Investigations on Bengal jail dietaries - Number 37
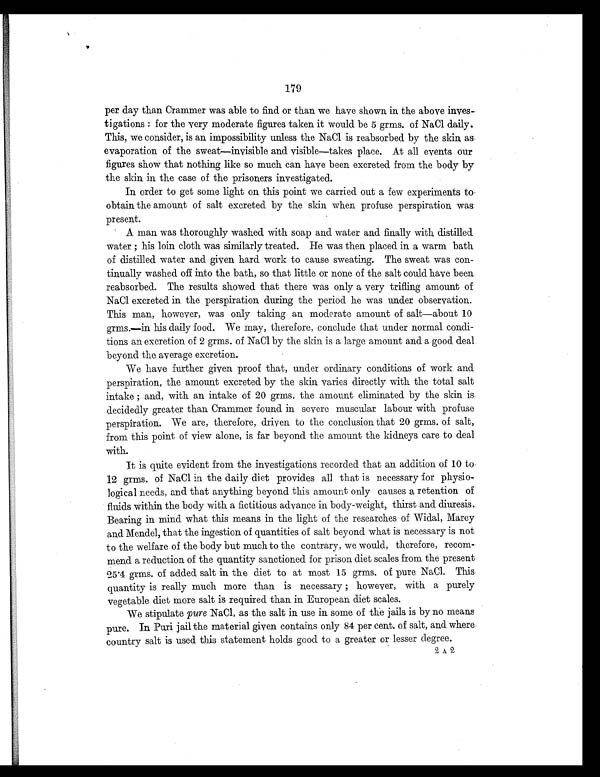
179
per day than Crammer was able to find or than we have shown in the above inves-
tigations : for the very moderate figures taken it would be 5 grms. of NaC1 daily.
This, we consider, is an impossibility unless the NaC1 is reabsorbed by the skin as
evaporation of the sweat—invisible and visible—takes place. At all events our
figures show that nothing like so much can have been excreted from the body by
the skin in the case of the prisoners investigated.
In order to get some light on this point we carried out a few experiments to,
obtain the amount of salt excreted by the skin when profuse perspiration was
present.
A man was thoroughly washed with soap and water and finally with distilled.
water ; his loin cloth was similarly treated. He was then placed in a warm bath
of distilled water and given hard work to cause sweating. The sweat was con-
tinually washed off into the bath, so that little or none of the salt could have been.
reabsorbed. The results showed that there was only a very trifling amount of
NaC1 excreted in the perspiration during the period he was under observation.
This man, however, was only taking an moderate amount of salt—about 10
grms.—in his daily food. We may, therefore, conclude that under normal condi-
tions an excretion of 2 grms. of NaC1 by the skin is a large amount and a good deal
beyond the average excretion.
We have further given proof that, under ordinary conditions of work and
perspiration, the amount excreted. by the skin varies directly with the total salt
intake ; and, with an intake of 20 grms. the amount eliminated by the skin is
decidedly greater than Crammer found in severe muscular labour with profuse
perspiration. We are, therefore, driven to the conclusion that 20 grms. of salt,
from this point of view alone, is far beyond the amount the kidneys care to deal
with.
It is quite evident from the investigations recorded that an addition of 10 to.
12 grms. of NaCl in the daily diet provides all that is necessary for physio-
logical needs, and that anything beyond this amount only causes a retention of
fluids within the body with a fictitious advance in body-weight, thirst and diuresis..
Bearing in mind what this means in the light of the researches of Widal, Marey
and Mendel, that the ingestion of quantities of salt beyond what is necessary is not
to the welfare of the body but much to the contrary, we would, therefore, recom-
mend a reduction of the quantity sanctioned for prison diet scales from the present
25'4 grms. of added salt in the diet to at most 15 grms. of pure NaCl. This
quantity is really much more than is necessary ; however, with a purely
vegetable diet more salt is required than in European diet scales.
We stipulate pure NaC1, as the salt in use in some of the jails is by no means
pure. In Puri jail the material given contains only 84 per cent. of salt, and where.
country salt is used this statement holds good to a greater or lesser degree.
2 A 2